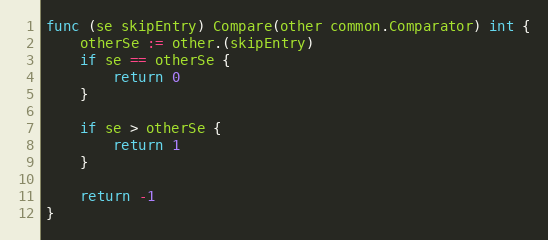
Language: Go
func (se skipEntry) Compare(other common.Comparator) int {
	otherSe := other.(skipEntry)
	if se == otherSe {
		return 0
	}

	if se > otherSe {
		return 1
	}

	return -1
}